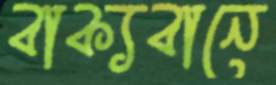
বাক্যবানে